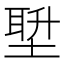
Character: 𪣿